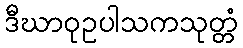
ဒီဃာဝုဥပါသကသုတ္တံ